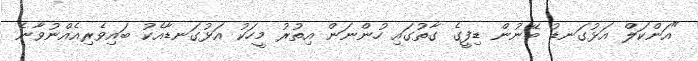
"އަންކަލް އަޅުގަނޑު ބޭނުން ޑިފީގެ ގާތުގައި ހުންނަން އިތުރު މީހަކު އަޅުގަނޑާއެކު ބައިވެރިއެއްނުވާނެ